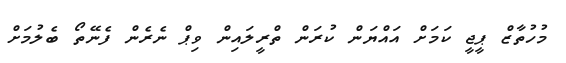
މުހުތާޒް ޕީޖީ ކަމަށް އައްޔަން ކުރަން ތްރީލައިން ވިޕް ނެރެން ފެނޭތޯ ބެލުމަށް